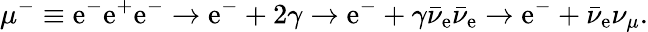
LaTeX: \mu^{-}\equiv\mathrm{e}^{-}\mathrm{e}^{+}\mathrm{e}^{-}\rightarrow\mathrm{e}^{-}+2\gamma\rightarrow\mathrm{e}^{-}+\gamma\bar{{\nu}}_{\mathrm{e}}\bar{{\nu}}_{\mathrm{e}}\rightarrow\mathrm{e}^{-}+\bar{{\nu}}_{\mathrm{e}}\nu_{\mu}.